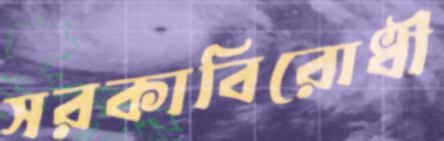
সরকাবিরোধী